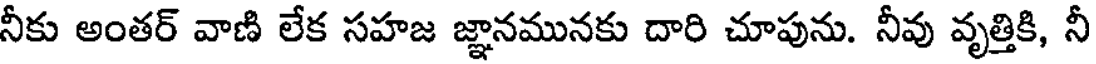
నీకు అంతర్ వాణి లేక సహజ జ్ఞానమునకు దారి చూపును. నీవు వృత్తికి, నీ